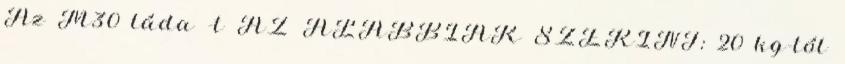
Az M30 láda -t AZ ALÁBBIAK SZERINT: 20 kg-tól